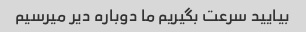
بیایید سرعت بگیریم ما دوباره دیر میرسیم